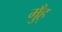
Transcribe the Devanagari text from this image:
मुँह्